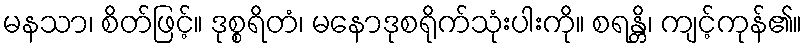
မနသာ၊ စိတ်ဖြင့်။ ဒုစ္စရိတံ၊ မနောဒုစရိုက်သုံးပါးကို။ စရန္တိ၊ ကျင့်ကုန်၏။